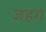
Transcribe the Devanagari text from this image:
जहग